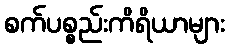
စက်ပစ္စည်းကိရိယာများ